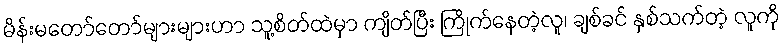
မိန်းမတော်တော်များများဟာ သူ့စိတ်ထဲမှာ ကျိတ်ပြီး ကြိုက်နေတဲ့လူ၊ ချစ်ခင် နှစ်သက်တဲ့ လူကို